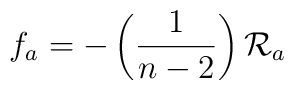
f_{a}=-\left( \frac{1}{n-2}\right) \mathcal{R}_{a}